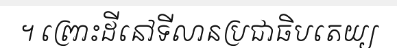
។ ព្រោះដីនៅទីលានប្រជាធិបតេយ្យ